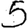
Digit: 5